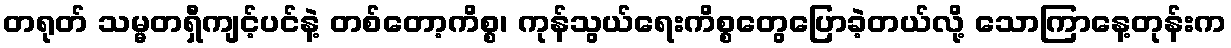
တရုတ် သမ္မတရှီကျင့်ပင်နဲ့ တစ်တော့ကိစ္စ၊ ကုန်သွယ်ရေးကိစ္စတွေပြောခဲ့တယ်လို့ သောကြာနေ့တုန်းက